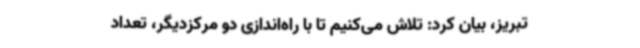
تبریز، بیان کرد: تلاش می‌کنیم تا با راه‌اندازی دو مرکزدیگر، تعداد